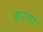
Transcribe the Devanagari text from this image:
बारसा